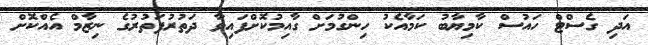
އަދި ގެސްޓް ހައުސް ކާމިޔާބު ކަމާއެކު ހިންގުމަށް ގާއިމުކޮށްފައިވާ ދަތުރުފަތުރުގެ ނިޒާމް އެއްކޮށް